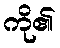
ကို၏